Report on the working of the mental hospitals for Indians in Bihar and Orissa - 1925-1929
Year: 1925
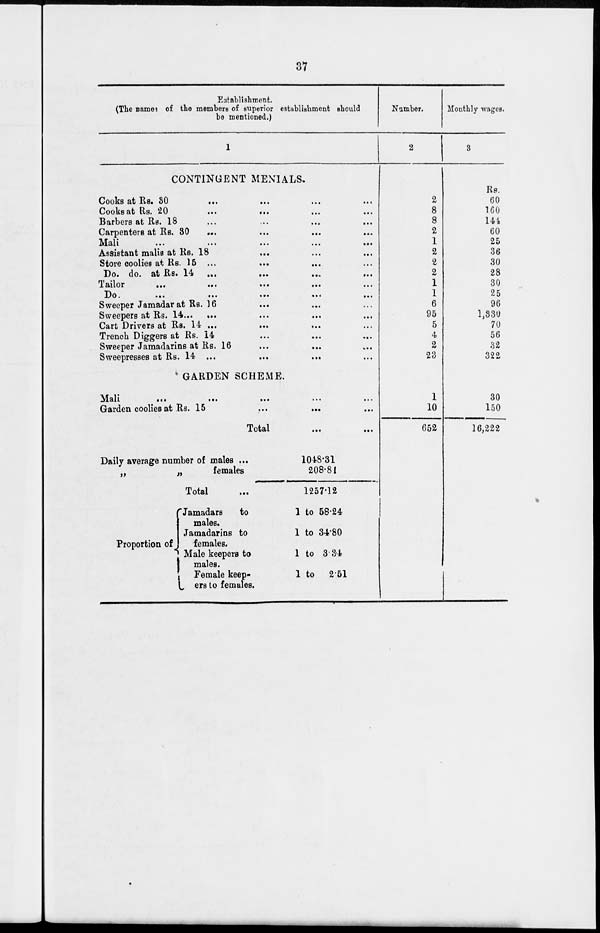
37
Establishment.
(The names of the members of superior establishment should
bo mentioned.)
1
CONTINGENT MENIALS.
Cooks at Rs. 30 ... ... ... ...
Cooks at Rs. 20
...
...
...
...
Barbers at Rs. 18 ... ... ... ...
Carpenters at Rs. 30 ... ... ... ...
Mali ... ... ... ... ...
Assistant malis at Rs. 18 ... ... ...
Store coolies at Rs. 15
...
...
...
...
Do. do. at Rs. 14
...
...
...
...
Tailor ... ... ... ... ...
Do.
...
...
...
...
...
Sweeper Jamadar at Rs. 16 ... ... ...
Sweepers at Rs. 14... ... ... ... ...
Cart Drivers at Rs. 14... ... ... ...
Trench Diggers at Rs. 14 ... ... ...
Sweeper Jamadarins at Rs. 16 ... ... ...
Sweepresses at Rs. 14
...
...
...
...
GARDEN SCHEME.
Mali ... ... ... ... ...
Garden coolies at Rs. 15
...
...
...
Total
...
...
Daily average number of males...
„
„
females
Total ...
Proportion of
Jamadars
to
males.
Jamadarins to
females.
Male keepers to
males.
Female keep-
ers to females.
1048.31
208.81
1257.12
1 to 58.24
1 to 34.80
1 to 3.34
1 to
2.51
Number.
2
2
8
8
2
1
2
2
2
1
1
6
95
5
4
2
23
1
10
652
Monthly wages.
3
Rs.
60
160
144
60
25
36
30
28
30
25
96
1,330
70
56
32
322
30
150
16,222